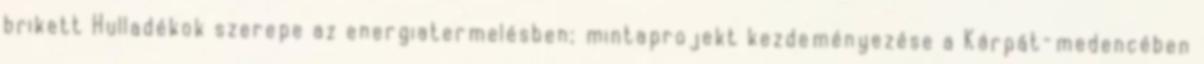
brikett Hulladékok szerepe az energiatermelésben; mintaprojekt kezdeményezése a Kárpát-medencében